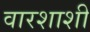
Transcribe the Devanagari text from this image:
वारशाशी